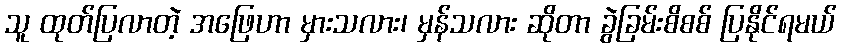
သူ ထုတ်ပြလာတဲ့ အဖြေဟာ မှားသလား၊ မှန်သလား ဆိုတာ ခွဲခြမ်းစိစစ် ပြနိုင်ရမယ်